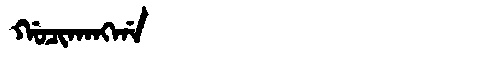
Manchu: ᡤᠣᠴᡳᡴᠠᠩᡤᠠ
Romanization: GOCIKANGGA